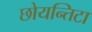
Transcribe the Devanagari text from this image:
छोयन्तिटा